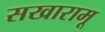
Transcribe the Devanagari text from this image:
सखारामू